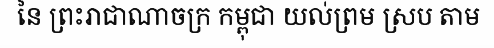
នៃ ព្រះរាជាណាចក្រ កម្ពុជា យល់ព្រម ស្រប តាម